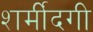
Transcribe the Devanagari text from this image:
शर्मींदगी